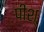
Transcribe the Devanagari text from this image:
पीश्